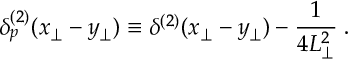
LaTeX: \delta _ { p } ^ { ( 2 ) } ( x _ { \perp } - y _ { \perp } ) \equiv \delta ^ { ( 2 ) } ( x _ { \perp } - y _ { \perp } ) - { \frac { 1 } { 4 L _ { \perp } ^ { 2 } } } \; .